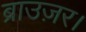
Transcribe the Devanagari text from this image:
ब्राउज़र।